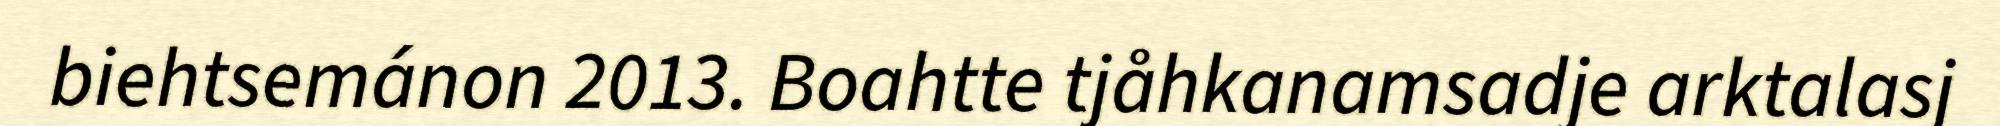
biehtsemánon 2013. Boahtte tjåhkanamsadje arktalasj